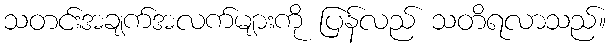
သတင်းအချက်အလက်များကို ပြန်လည် သတိရလာသည်။